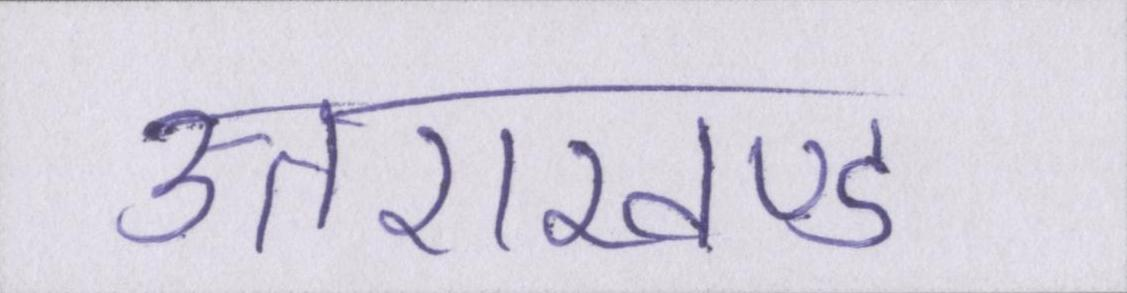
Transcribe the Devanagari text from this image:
उत्तराखण्ड